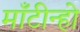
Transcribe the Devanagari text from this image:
माँटीन्हो